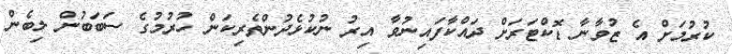
ކުރުމަށް އެ ޒުވާނާ ޑޮކްޓަރަށް ދައްކާފައިނުވާ އިރު ނުކުޅެދުންތެރިކަން ހުރުމުގެ ސަބަބުން ލިބެން